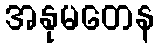
အနုမတေန